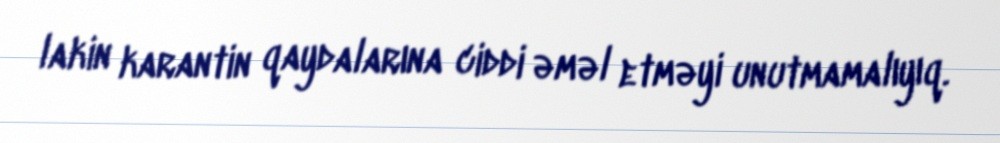
lakin karantin qaydalarına ciddi əməl etməyi unutmamalıyıq.